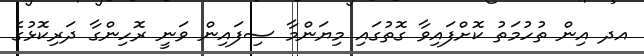
އދ އިން ތުހުމަތު ކޮށްފައިވާ ގޮތުގައި މިޔަންމާ ސިފައިން ވަނީ ރޮހިންގާ ދަރިކޮޅުގެ